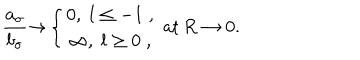
\frac { a _ { \sigma } } { b _ { \sigma } } { \rightarrow } \left\{ \begin{array} { c } { { 0 , \; l \leq - 1 \; , } } \\ { { \infty , \; l \geq 0 \; , } } \\ \end{array} \right. \, \mathrm { a t } \, R \rightarrow 0 .